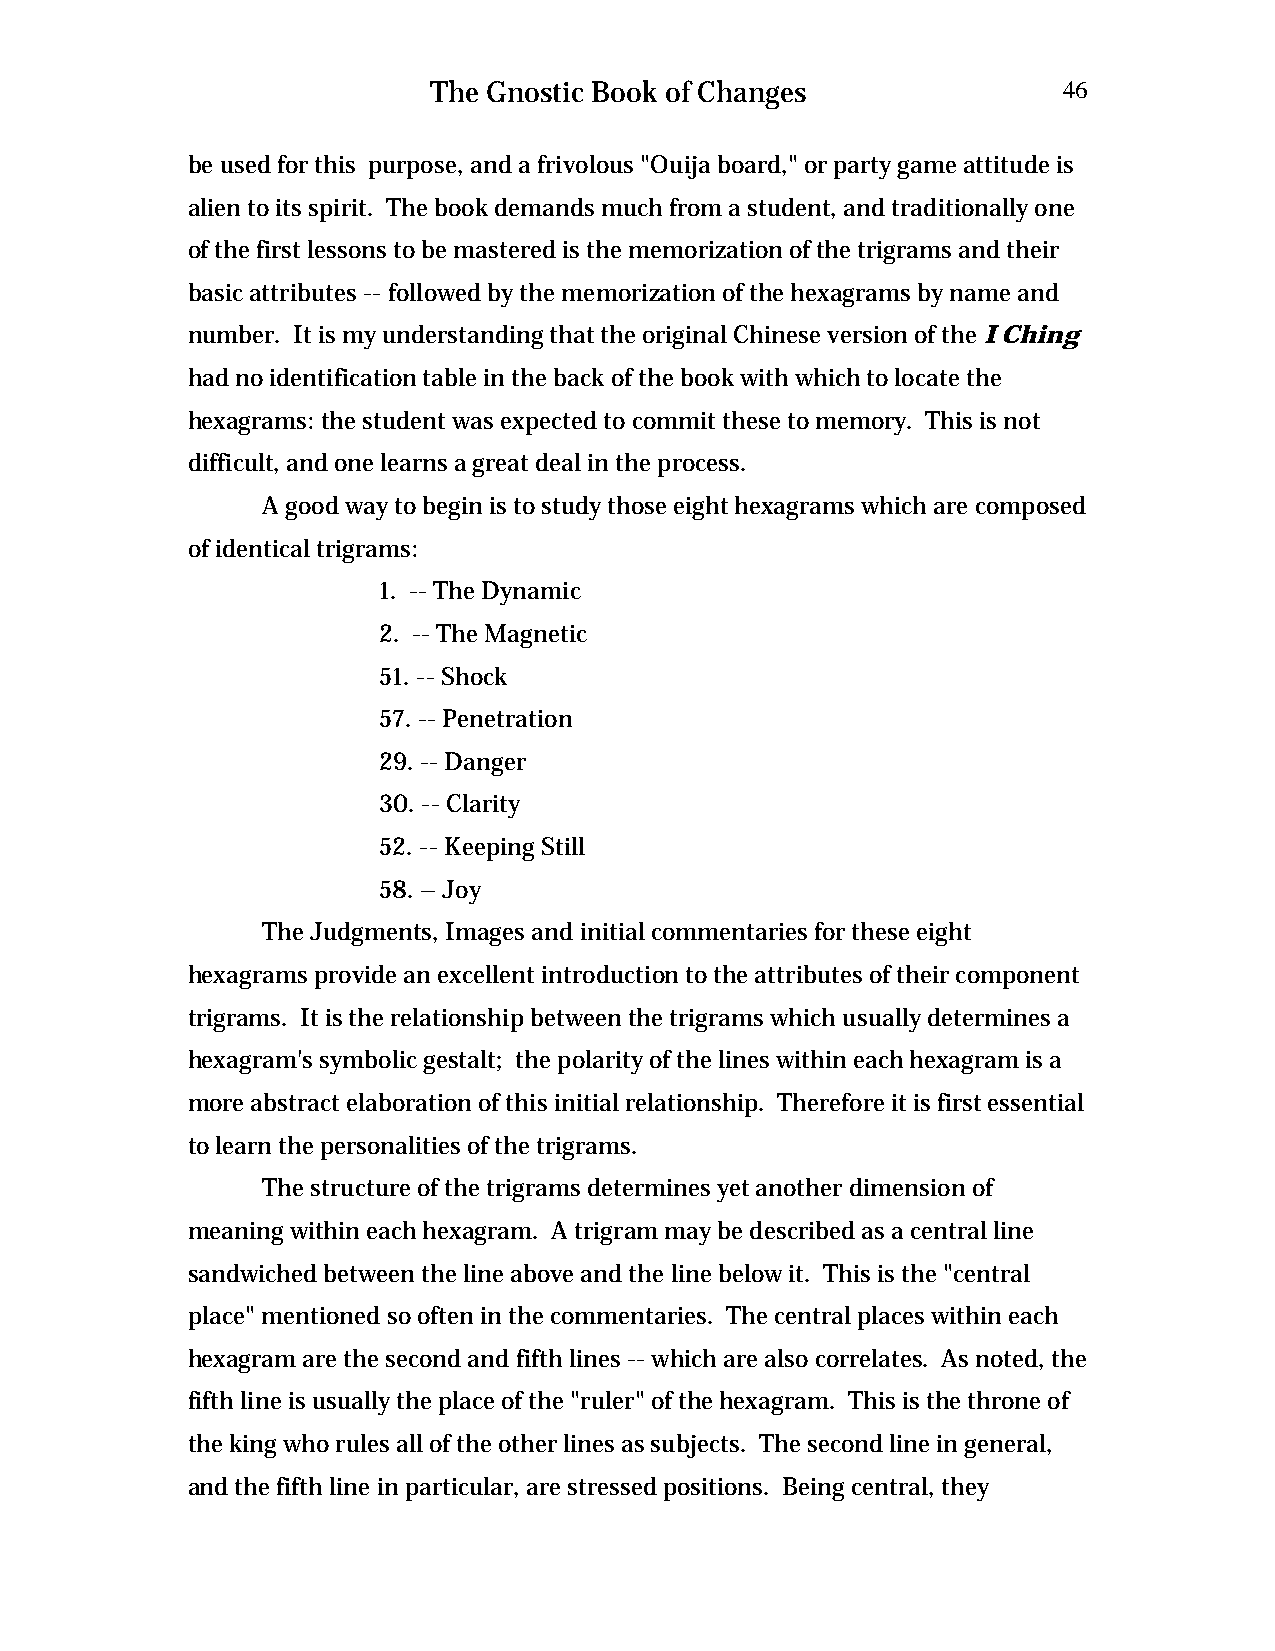
The Gnostic Book of Changes              46
 be used for this purpose, and a frivolous "Ouija board," or party game attitude is
 alien to its spirit. The book demands much from a student, and traditionally one
 of the first lessons to be mastered is the memorization of the trigrams and their
 basic attributes -- followed by the memorization of the hexagrams by name and
 number. It is my understanding that the original Chinese version of the I Ching
 had no identification table in the back of the book with which to locate the
 hexagrams: the student was expected to commit these to memory. This is not
 difficult, and one learns a great deal in the process.
 A good way to begin is to study those eight hexagrams which are composed
 of identical trigrams:
 1. -- The Dynamic
 2. -- The Magnetic
 51. -- Shock
 57. -- Penetration
 29. -- Danger
 30. -- Clarity
 52. -- Keeping Still
 58. – Joy
 The Judgments, Images and initial commentaries for these eight
 hexagrams provide an excellent introduction to the attributes of their component
 trigrams. It is the relationship between the trigrams which usually determines a
 hexagram's symbolic gestalt; the polarity of the lines within each hexagram is a
 more abstract elaboration of this initial relationship. Therefore it is first essential
 to learn the personalities of the trigrams.
 The structure of the trigrams determines yet another dimension of
 meaning within each hexagram. A trigram may be described as a central line
 sandwiched between the line above and the line below it. This is the "central
 place" mentioned so often in the commentaries. The central places within each
 hexagram are the second and fifth lines -- which are also correlates. As noted, the
 fifth line is usually the place of the "ruler" of the hexagram. This is the throne of
 the king who rules all of the other lines as subjects. The second line in general,
 and the fifth line in particular, are stressed positions. Being central, they